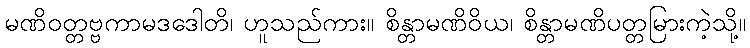
မဏိဝတ္တဗ္ဗကာမဒဒေါတိ၊ ဟူသည်ကား။ စိန္တာမဏိဝိယ၊ စိန္တာမဏိပတ္တမြားကဲ့သို့။